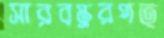
সারবস্তুরপত্